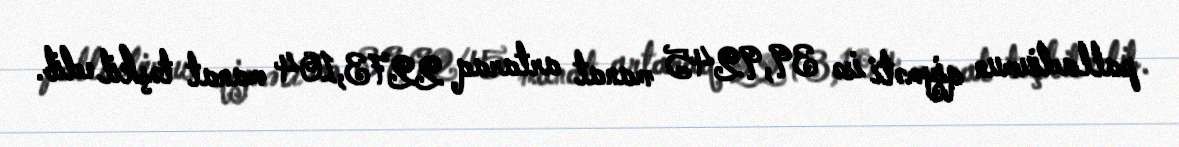
palladiumun qiyməti isə 39,9245 manat artaraq 2273,104 manat təşkil edib.